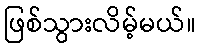
ဖြစ်သွားလိမ့်မယ်။